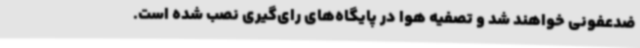
ضدعفونی خواهند شد و تصفیه هوا در پایگاه‌های رای‌گیری نصب شده است.